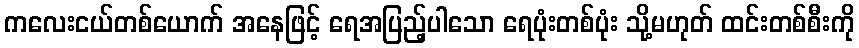
ကလေးငယ်တစ်ယောက် အနေဖြင့် ရေအပြည့်ပါသော ရေပုံးတစ်ပုံး သို့မဟုတ် ထင်းတစ်စီးကို